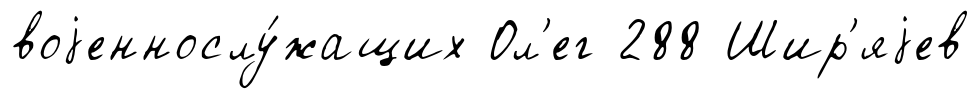
воjеннослу́жащих Ол'ег 288 Шир'яjев